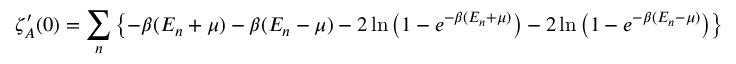
\zeta _ { A } ^ { \prime } ( 0 ) = \sum _ { n } \left\{ - \beta ( E _ { n } + \mu ) - \beta ( E _ { n } - \mu ) - 2 \ln \left( 1 - e ^ { - \beta ( E _ { n } + \mu ) } \right) - 2 \ln \left( 1 - e ^ { - \beta ( E _ { n } - \mu ) } \right) \right\}